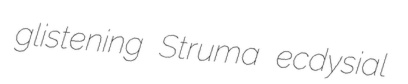
glistening Struma ecdysial